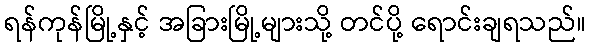
ရန်ကုန်မြို့နှင့် အခြားမြို့များသို့ တင်ပို့ ရောင်းချရသည်။